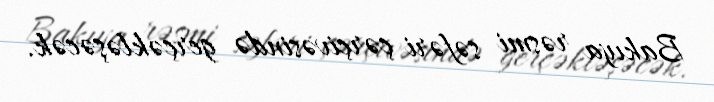
Bakıya rəsmi səfəri çərçivəsində gerçəkləşəcək.